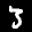
Label: 3